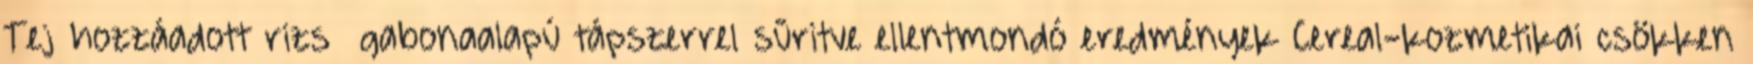
Tej hozzáadott rizs gabonaalapú tápszerrel sűritve ellentmondó eredmények Cereal-kozmetikai csökken